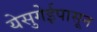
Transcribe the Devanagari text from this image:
येसुगेईपासून